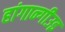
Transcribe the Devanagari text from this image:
हांगान्गीउइ